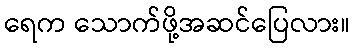
ရေက သောက်ဖို့အဆင်ပြေလား။